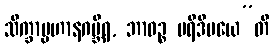
သိက္ခာပ္ပဟာနဂမ္ဘီရ, ဘာဝဉ္စ ပရိဒီပယေ”တိ